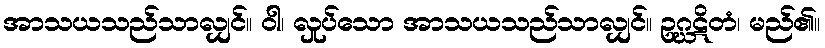
အာသယသည်သာလျှင်။ ဝါ၊ လှုပ်သော အာသယသည်သာလျှင်။ ဥဂ္ဃဋိတံ၊ မည်၏။